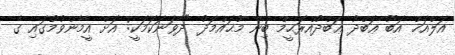
އަލްއަޚް އަބޫ ޢަބްދު ޢަބްދުއްރަޙީމް ބިން މުޙައްމަދު "ދެވަނަކަމަކީ: އަށް އީމާންވުމުގައި ގެ